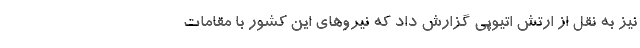
نیز به نقل از ارتش اتیوپی گزارش داد که نیروهای این کشور با مقامات